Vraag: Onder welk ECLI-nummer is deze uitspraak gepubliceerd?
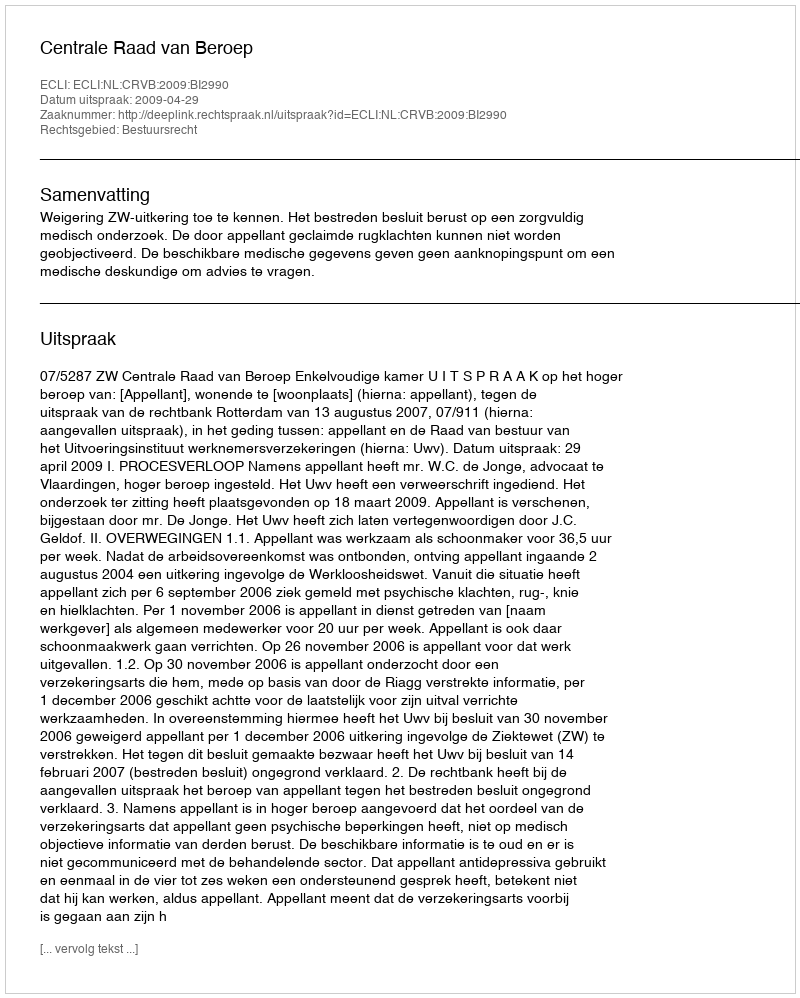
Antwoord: ECLI:NL:CRVB:2009:BI2990